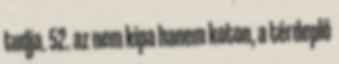
tudja. 52. az nem kipa hanem koton, a térdeplő